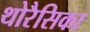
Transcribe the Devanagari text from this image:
थोरैसिका